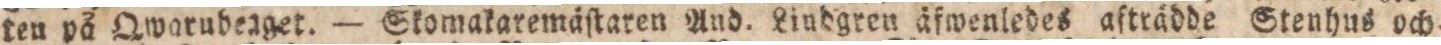
ten på Qwarubeaget. — Skomakaremäſtaren And. Lindgren äfwenledes afträdde Stenhus och